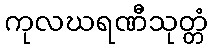
ကုလဃရဏီသုတ္တံ